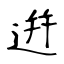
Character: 逬